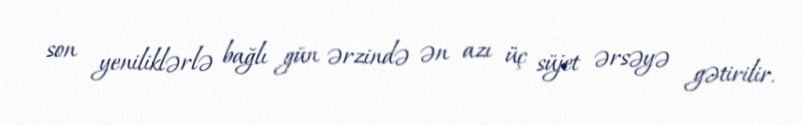
son yeniliklərlə bağlı gün ərzində ən azı üç süjet ərsəyə gətirilir.